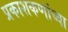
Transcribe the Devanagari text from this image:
प्रकाशकणांच्या